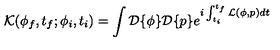
{ \cal K } ( \phi _ { f } , t _ { f } ; \phi _ { i } , t _ { i } ) = \int { \cal D } \{ \phi \} { \cal D } \{ p \} e ^ { i \int _ { t _ { i } } ^ { t _ { f } } { \cal L } ( \phi , p ) d t }